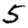
Digit: 5